Annual administration report of the Civil Veterinary Department of India - 1907-1908
Year: 1907
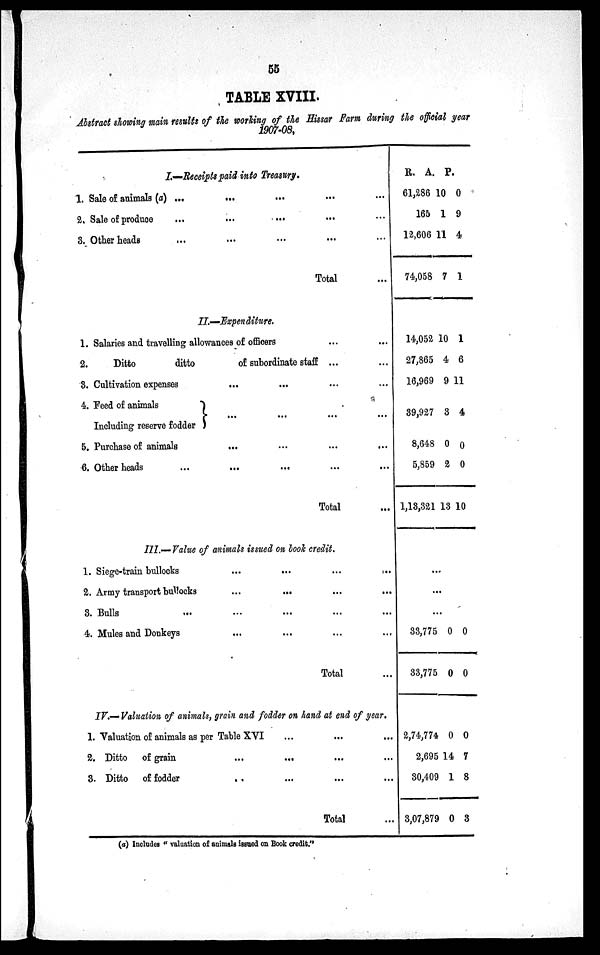
55
TABLE XVIII.
Abstract showing main results of the working of the Hissar Farm during the official year
1907-08.
I.—Receipts paid into Treasury.
1. Sale of animals (a) ...
... ... ... ...
2. Sale of produce
...
...
...
...
...
3. Other heads ... ... ... ...
Total ...
II.—Expenditure.
1. Salaries and travelling allowances of officers ... ...
2.
Ditto
ditto
of subordinate staff ... ...
3. Cultivation expenses
... ... ... ...
4. Feed of animals
...
...
...
...
Including reserve fodder
5. Purchase of animals
...
...
...
...
6. Other heads
...
...
... ... ...
Total ...
III.—Value of animals issued on book credit.
1. Siege-train bullocks
...
...
...
...
2. Army transport bullocks
...
... ... ...
3. Bulls ... ... ... ...
4. Mules and Donkeys ... ... ... ...
Total ...
IV.—Valuation of animals, grain and fodder on hand at end of year.
1. Valuation of animals as per Table XVI ... ... ...
2. Ditto of grain ... ... ... ...
3. Ditto of fodder ... ... ... ...
Total ...
R.
61,286
165
12,606
74,058
14,052
27,865
16,969
39,927
8,648
5,859
1,13,321
...
...
...
33,775
33,775
2,74,774
2,695
30,409
3,07,879
A.
10
1
11
7
10
4
9
3
0
2
13
0
0
0
14
1
0
P.
0
9
4
1
1
6
11
4
0
0
10
0
0
0
7
8
3
(a) Includes " valuation of animals issued on Book credit. "